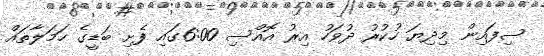
ސިފައިން މިދިޔަ ހުކުރު ދުވަހު އިރު އޮއްސި 6:00ގައި ފެށި ބަޑީގެ ހަމަލާތައް